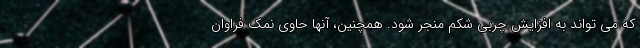
که می تواند به افزایش چربی شکم منجر شود. همچنین، آنها حاوی نمک فراوان